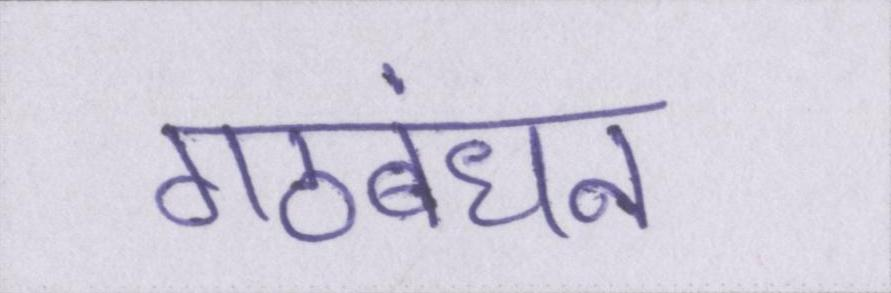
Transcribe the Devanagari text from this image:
गठबंधन